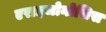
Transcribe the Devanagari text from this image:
एराइजोनोसिस